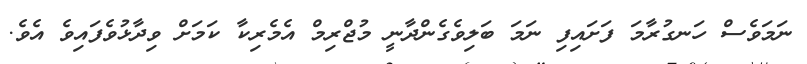
ނަމަވެސް ހަނގުރާމަ ފަށައިފި ނަމަ ބަލިވެގެންދާނީ މުޖްރިމް އެމެރިކާ ކަމަށް ވިދާޅުވެފައިވެ އެވެ.